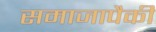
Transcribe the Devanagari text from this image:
समाजापैकी